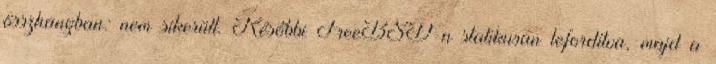
összhangban: nem sikerült. Későbbi FreeBSD-n statikusan lefordítva, majd a